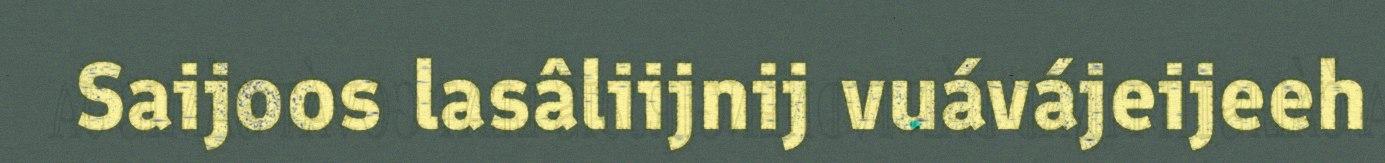
Saijoos lasâliijnij vuávájeijeeh